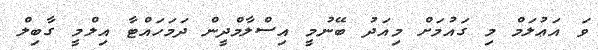
ވަ އަޢުލަމް މި ގައުމަށް މިއަދު ބޭނުމީ އިސްލާމްދީން ދަމަހައްޓާ އިލްމީ ގާބިލް